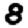
Digit: 8